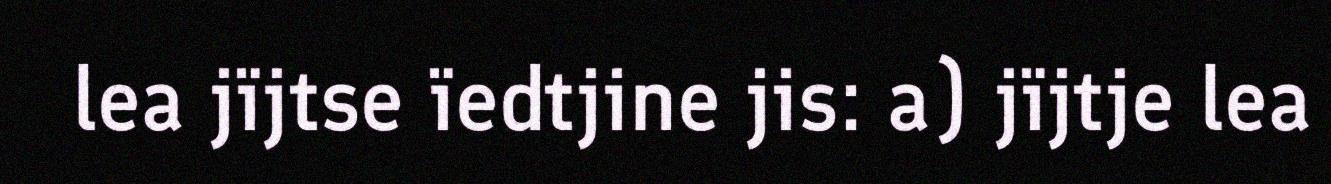
lea jïjtse ïedtjine jis: a) jïjtje lea